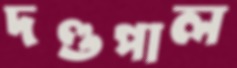
দণ্ডপাল